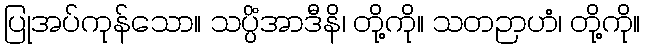
ပြုအပ်ကုန်သော။ သပ္ပိံအာဒီနိ၊ တို့ကို။ သတဉာဟံ၊ တို့ကို။